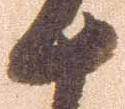
十